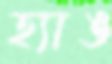
হ্যাঙ